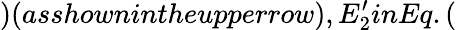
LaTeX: )(asshownintheupperrow),E_{2}^{\prime}inEq.(